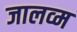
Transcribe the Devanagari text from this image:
जालव्म